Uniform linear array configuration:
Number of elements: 32
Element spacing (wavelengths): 0.5
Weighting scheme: blackman
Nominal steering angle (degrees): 45
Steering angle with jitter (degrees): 44.759
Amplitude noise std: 0.05
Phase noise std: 0.05

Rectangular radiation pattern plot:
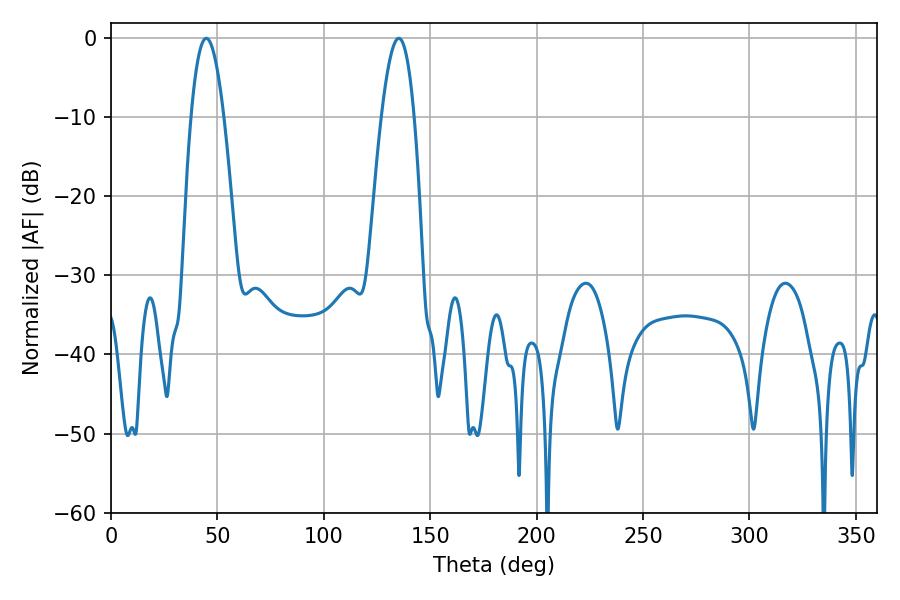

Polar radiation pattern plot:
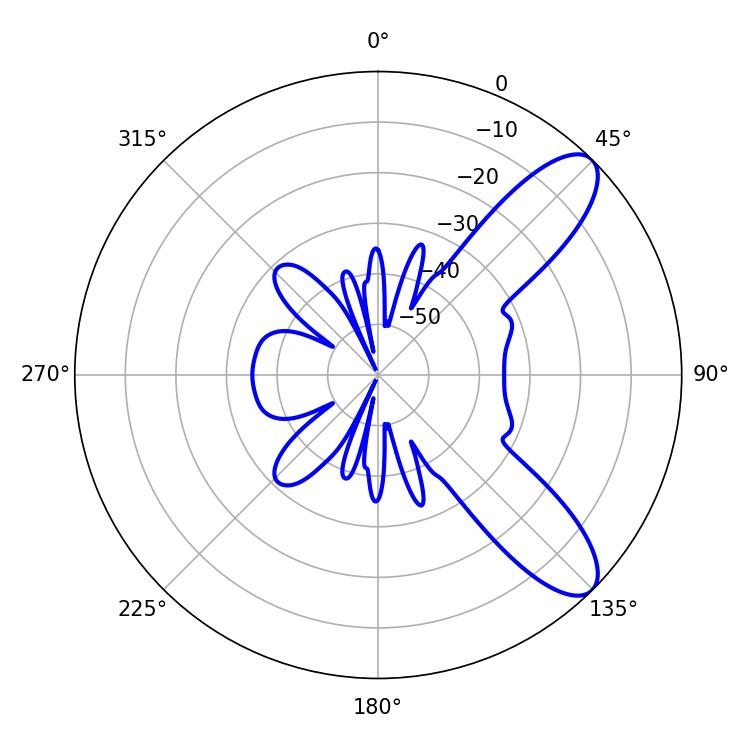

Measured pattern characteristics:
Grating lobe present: FALSE
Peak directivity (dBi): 9.489
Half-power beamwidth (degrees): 8.46
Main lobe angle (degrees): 44.82